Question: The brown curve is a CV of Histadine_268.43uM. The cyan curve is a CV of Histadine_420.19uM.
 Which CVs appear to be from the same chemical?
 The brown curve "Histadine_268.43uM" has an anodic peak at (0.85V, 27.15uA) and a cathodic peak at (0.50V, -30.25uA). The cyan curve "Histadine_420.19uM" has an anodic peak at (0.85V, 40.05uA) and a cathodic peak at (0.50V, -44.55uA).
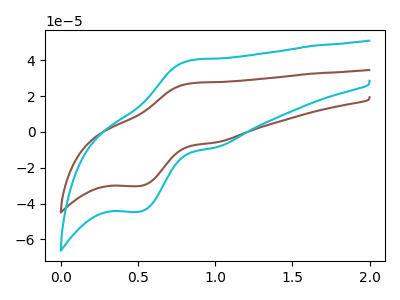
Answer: <think>All the peaks in "Histadine_268.43uM" have a peak in "Histadine_420.19uM" at the same potential. Every peak in "Histadine_268.43uM" is lower than every peak in "Histadine_420.19uM".
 </think>
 <answer>"Histadine_268.43uM" and "Histadine_420.19uM" have the same shape and are likely CV's of the same chemical.</answer>
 <eval>"Histadine_268.43uM" "Histadine_420.19uM"</eval>